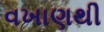
વખાણથી